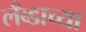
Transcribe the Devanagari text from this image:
लँब्डाच्या